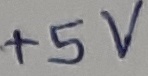
Text: +5V